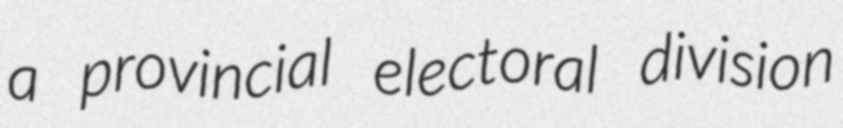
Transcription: a provincial electoral division